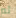
ثم